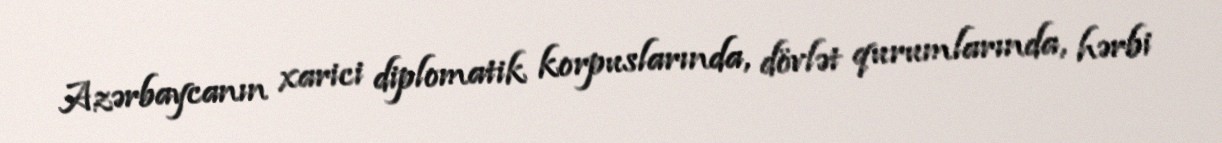
Azərbaycanın xarici diplomatik korpuslarında, dövlət qurumlarında, hərbi